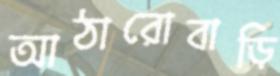
আঠারোবাড়ি